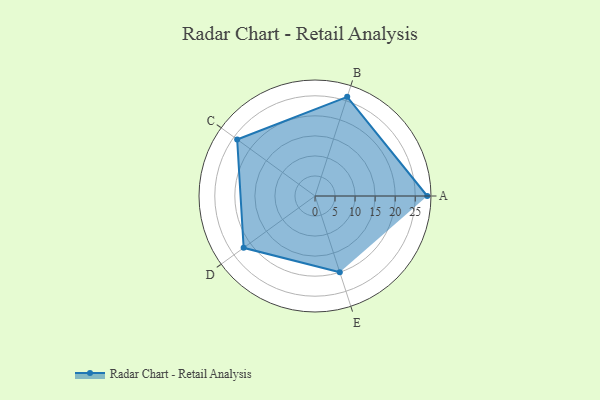
{"axis": {"x": "Skill", "y": "Score"}, "legend": ["Profile"], "data": [{"x": "A", "y": 28.0, "type": "Profile"}, {"x": "B", "y": 26.0, "type": "Profile"}, {"x": "C", "y": 24.0, "type": "Profile"}, {"x": "D", "y": 22.0, "type": "Profile"}, {"x": "E", "y": 20.0, "type": "Profile"}]}